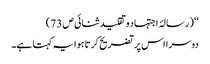
‘‘( رسالۂ اجتہاد وتقلید ثنائی ص 73)
دوسرا اس پر تضریح کرتا ہوا یہ کہتا ہے۔